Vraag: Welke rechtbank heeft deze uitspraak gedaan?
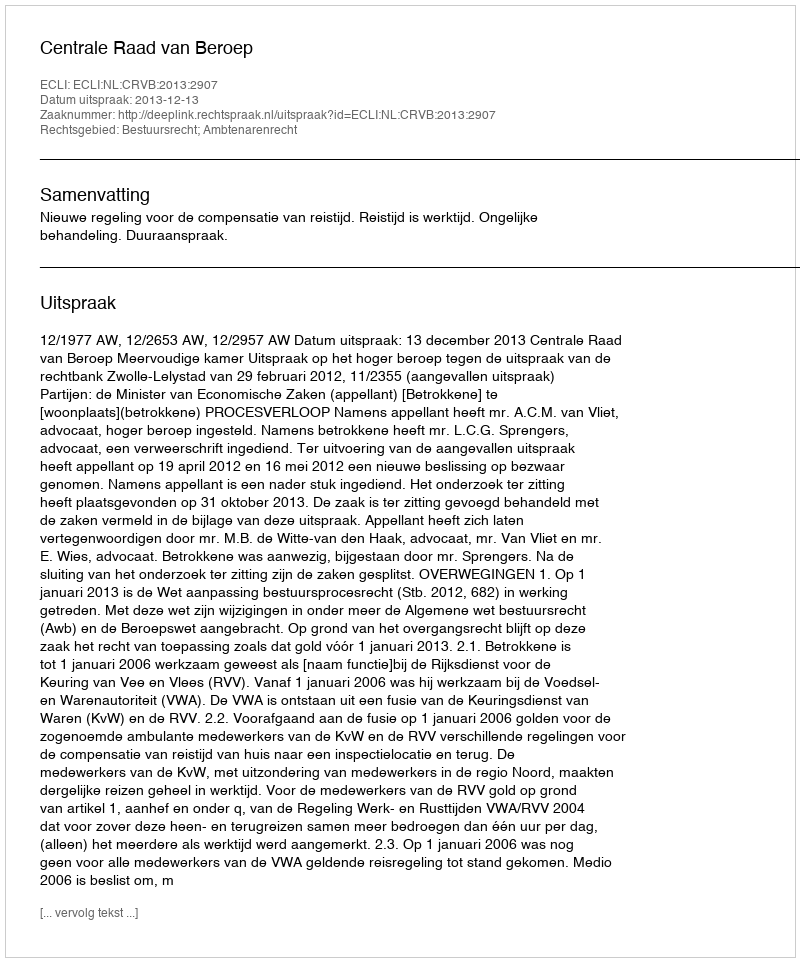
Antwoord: Centrale Raad van Beroep